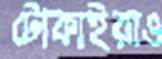
টোকাইরাও